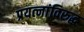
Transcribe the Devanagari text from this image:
प्रयत्‍नांविरुद्ध